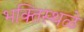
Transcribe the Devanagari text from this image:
भक्तिस्थळे